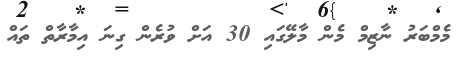
މެމްބަރު ނާޒިމް މެން މާލޭގައި 30 އަށް ވުރެން ގިނަ އިމާރާތް ތައް